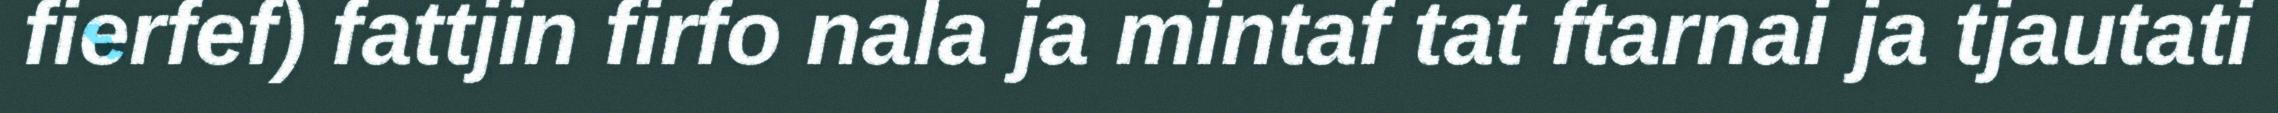
fierfef) fattjin firfo nala ja mintaf tat ftarnai ja tjautati